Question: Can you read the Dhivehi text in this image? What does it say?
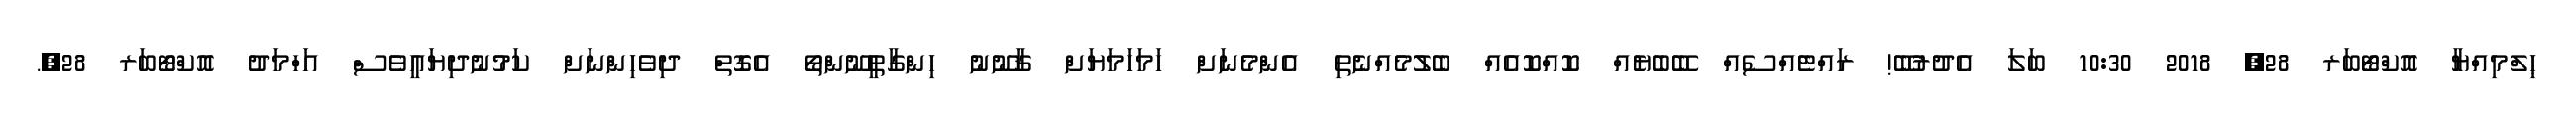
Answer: ޙިލްމިއްޔާ އޮކްޓޯބަރ 28, 2018 10:30 ބަލަ އެދުރުބޭ! ރައްޓެއްސެއް ބޭބެޔެއް ކޮއްކޮއެއް ބެލުމެއްނެތި އެންމެނަށް ހަމަހަމަޔަށް ޤާނޫނު ހިންގާތީނޫންތޯ އެގޮތް ދިވެހިންނަށް ކަމުނުދިޔައީވެސް އަހްމަދު އޮކްޓޯބަރ 28,.